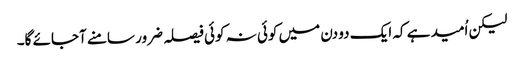
لیکن اُمید ہے کہ ایک دو دن میں کوئی نہ کوئی فیصلہ ضرور سامنے آجائے گا۔